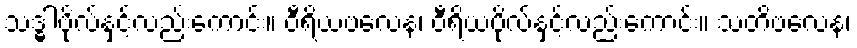
သဒ္ဓါဗိုလ်နှင့်လည်းကောင်း။ ဝီရိယဗလေန၊ ဝီရိယဗိုလ်နှင့်လည်းကောင်း။ သတိဗလေန၊